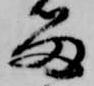
留